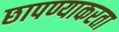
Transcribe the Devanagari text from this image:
छापण्याकरता